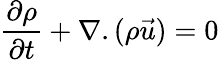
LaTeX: \frac{\partial\rho}{\partial{t}}+\nabla.(\rho\vec{u})=0